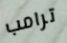
ترامب